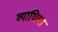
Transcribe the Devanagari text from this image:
व्याधिया